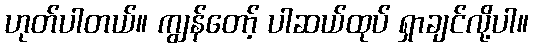
ဟုတ်ပါတယ်။ ကျွန်တော့် ပါဆယ်ထုပ် ရှာချင်လို့ပါ။